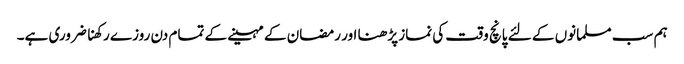
ہم سب مسلمانوں کے لئے پانچ وقت کی نماز پڑھنا اور رمضان کے مہینے کے تمام دن روزے رکھنا ضروری ہے۔